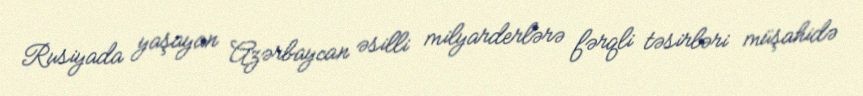
Rusiyada yaşayan Azərbaycan əsilli milyarderlərə fərqli təsirləri müşahidə